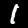
Label: 1